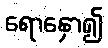
ရောနှော၍